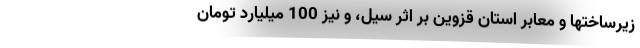
زیرساختها و معابر استان قزوین بر اثر سیل، و نیز 100 میلیارد تومان